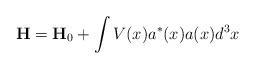
LaTeX: \begin{align*}\mathbf{H}=\mathbf{H}_{0}+\int V(x)a^{*}(x)a(x)d^{3}x\end{align*}